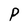
Character: P